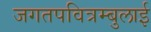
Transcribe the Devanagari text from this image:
जगतपवित्रम्बुलाई